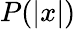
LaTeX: P(|x|)